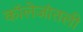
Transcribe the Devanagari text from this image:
कॉलेजांतली